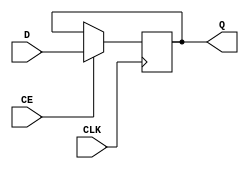
// 16-bit register used in Stump design
//
// Original design J Pepper
//

module Stump_reg16bit  (input wire CLK,
			            input wire CE,
			            input wire [15:0] D,
			            output reg [15:0] Q);

// Simple 16-bit register. On rising edge of clock the value of Q is updated
// to the value of D

always @(posedge CLK)       // sequential design
if (CE == 1)
  Q <= D;                   // will reuslt in a register being implemented to
                            // hold the state of Q    
endmodule